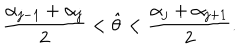
LaTeX: { \frac { \alpha _ { j - 1 } + \alpha _ { j } } { 2 } } < \hat { \theta } < { \frac { \alpha _ { j } + \alpha _ { j + 1 } } { 2 } } .